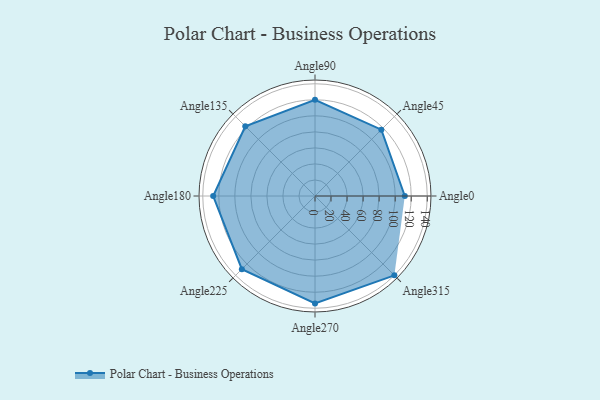
{"axis": {"x": "Angle", "y": "Radius"}, "legend": [""], "data": [{"x": "Angle0", "y": 112.0, "type": ""}, {"x": "Angle45", "y": 117.0, "type": ""}, {"x": "Angle90", "y": 120.0, "type": ""}, {"x": "Angle135", "y": 123.0, "type": ""}, {"x": "Angle180", "y": 127.0, "type": ""}, {"x": "Angle225", "y": 129.0, "type": ""}, {"x": "Angle270", "y": 134.0, "type": ""}, {"x": "Angle315", "y": 140.0, "type": ""}]}